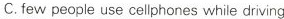
C.few people use cellphones while drving